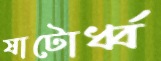
ষাটোর্ধ্ব